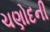
ચણોદની